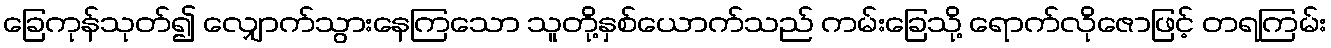
ခြေကုန်သုတ်၍ လျှောက်သွားနေကြသော သူတို့နှစ်ယောက်သည် ကမ်းခြေသို့ ရောက်လိုဇောဖြင့် တရကြမ်း